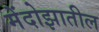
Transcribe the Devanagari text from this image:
मेंदोझातील